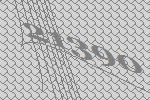
21390